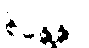
စိန္တေန္တာ